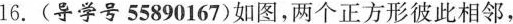
16.(导学号55890167)如图，两个正方形彼此相邻，